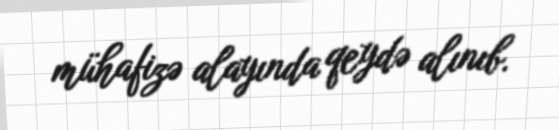
mühafizə alayında qeydə alınıb.